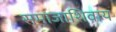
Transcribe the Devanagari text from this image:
समाजाशिवाय